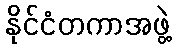
နိုင်ငံတကာအဖွဲ့